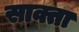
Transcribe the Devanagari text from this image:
साक्ता